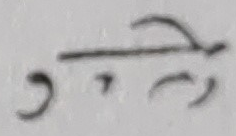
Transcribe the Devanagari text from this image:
सते